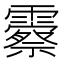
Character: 𬰓